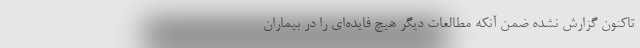
تاکنون گزارش نشده ضمن آنکه مطالعات دیگر هیچ فایده‌ای را در بیماران